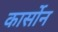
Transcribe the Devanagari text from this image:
कार्सोन